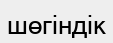
шөгіндік